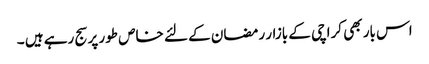
اس بار بھی کراچی کے بازار رمضان کے لئے خاص طور پر سج رہے ہیں ۔